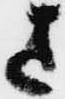
さ